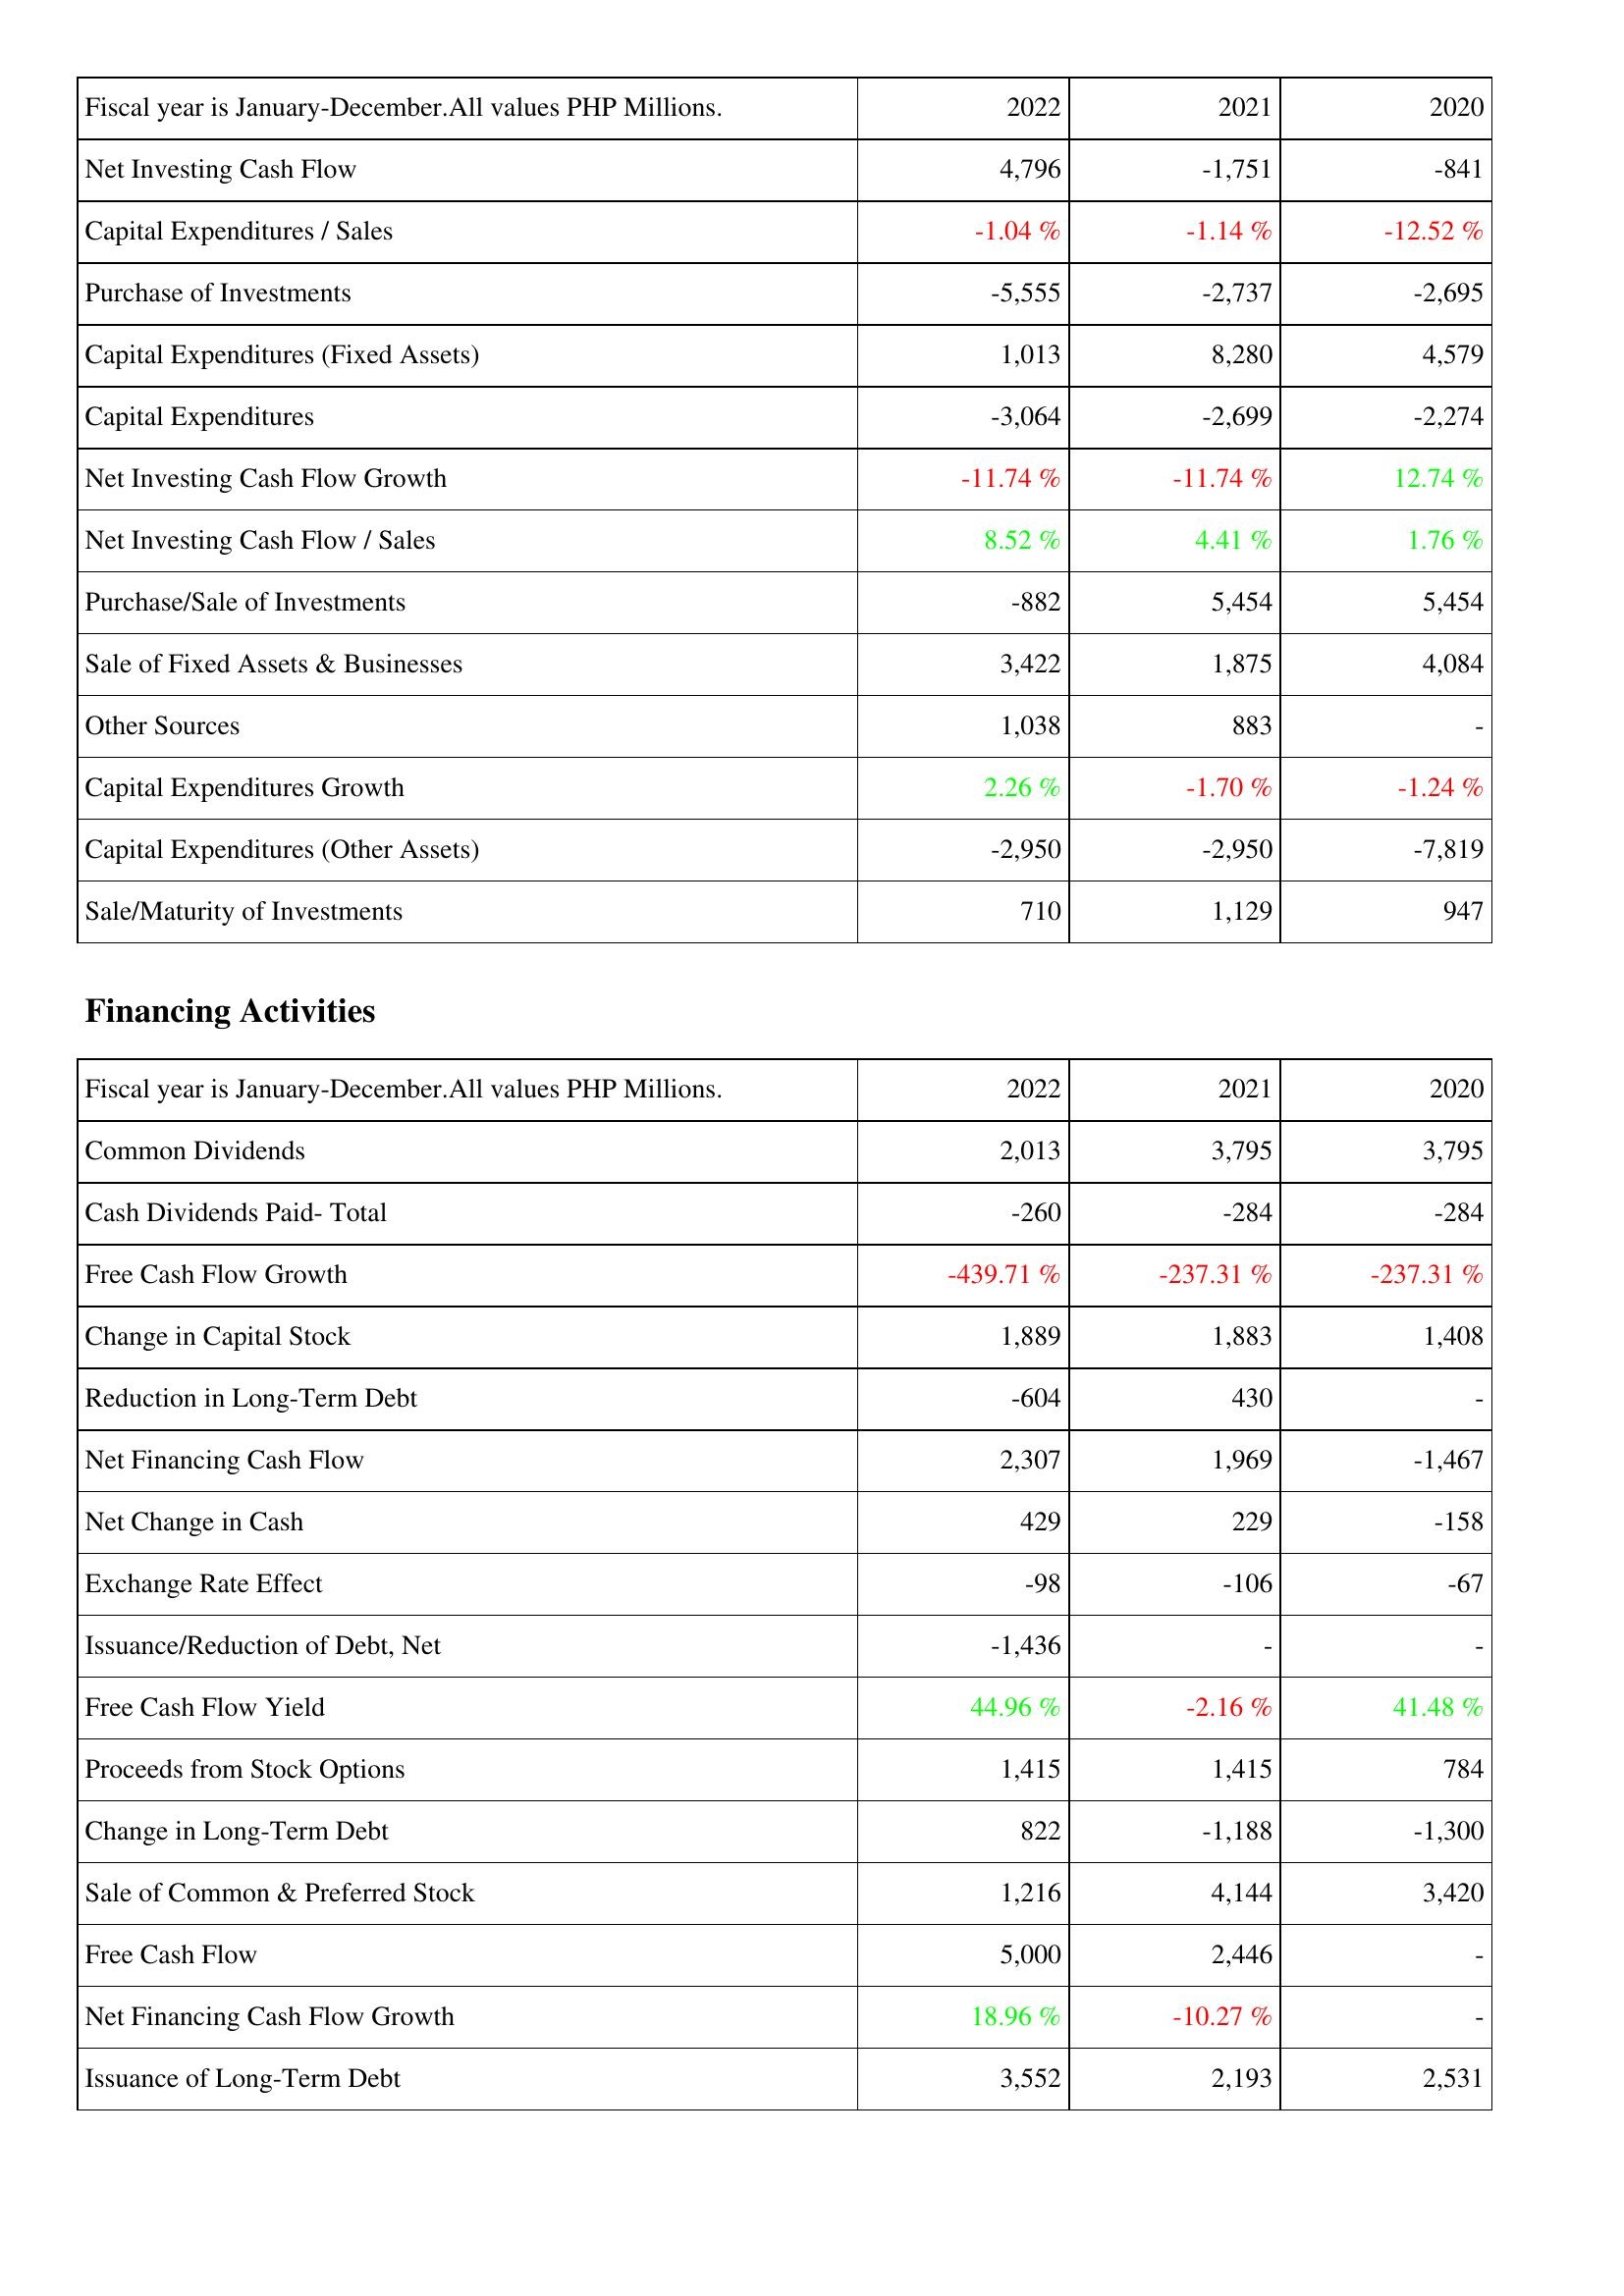
2022: Investing Activities: Net Investing Cash Flow: 4,796
Capital Expenditures / Sales: -1.04 %
Purchase of Investments: -5,555
Capital Expenditures (Fixed Assets): 1,013
Capital Expenditures: -3,064
Net Investing Cash Flow Growth: -11.74 %
Net Investing Cash Flow / Sales: 8.52 %
Purchase/Sale of Investments: -882
Sale of Fixed Assets & Businesses: 3,422
Other Sources: 1,038
Capital Expenditures Growth: 2.26 %
Capital Expenditures (Other Assets): -2,950
Sale/Maturity of Investments: 710
Financing Activities: Common Dividends: 2,013
Cash Dividends Paid- Total: -260
Free Cash Flow Growth: -439.71 %
Change in Capital Stock: 1,889
Reduction in Long-Term Debt: -604
Net Financing Cash Flow: 2,307
Net Change in Cash: 429
Exchange Rate Effect: -98
Issuance/Reduction of Debt, Net: -1,436
Free Cash Flow Yield: 44.96 %
Proceeds from Stock Options: 1,415
Change in Long-Term Debt: 822
Sale of Common & Preferred Stock: 1,216
Free Cash Flow: 5,000
Net Financing Cash Flow Growth: 18.96 %
Issuance of Long-Term Debt: 3,552
2021: Investing Activities: Net Investing Cash Flow: -1,751
Capital Expenditures / Sales: -1.14 %
Purchase of Investments: -2,737
Capital Expenditures (Fixed Assets): 8,280
Capital Expenditures: -2,699
Net Investing Cash Flow Growth: -11.74 %
Net Investing Cash Flow / Sales: 4.41 %
Purchase/Sale of Investments: 5,454
Sale of Fixed Assets & Businesses: 1,875
Other Sources: 883
Capital Expenditures Growth: -1.70 %
Capital Expenditures (Other Assets): -2,950
Sale/Maturity of Investments: 1,129
Financing Activities: Common Dividends: 3,795
Cash Dividends Paid- Total: -284
Free Cash Flow Growth: -237.31 %
Change in Capital Stock: 1,883
Reduction in Long-Term Debt: 430
Net Financing Cash Flow: 1,969
Net Change in Cash: 229
Exchange Rate Effect: -106
Issuance/Reduction of Debt, Net: -
Free Cash Flow Yield: -2.16 %
Proceeds from Stock Options: 1,415
Change in Long-Term Debt: -1,188
Sale of Common & Preferred Stock: 4,144
Free Cash Flow: 2,446
Net Financing Cash Flow Growth: -10.27 %
Issuance of Long-Term Debt: 2,193
2020: Investing Activities: Net Investing Cash Flow: -841
Capital Expenditures / Sales: -12.52 %
Purchase of Investments: -2,695
Capital Expenditures (Fixed Assets): 4,579
Capital Expenditures: -2,274
Net Investing Cash Flow Growth: 12.74 %
Net Investing Cash Flow / Sales: 1.76 %
Purchase/Sale of Investments: 5,454
Sale of Fixed Assets & Businesses: 4,084
Other Sources: -
Capital Expenditures Growth: -1.24 %
Capital Expenditures (Other Assets): -7,819
Sale/Maturity of Investments: 947
Financing Activities: Common Dividends: 3,795
Cash Dividends Paid- Total: -284
Free Cash Flow Growth: -237.31 %
Change in Capital Stock: 1,408
Reduction in Long-Term Debt: -
Net Financing Cash Flow: -1,467
Net Change in Cash: -158
Exchange Rate Effect: -67
Issuance/Reduction of Debt, Net: -
Free Cash Flow Yield: 41.48 %
Proceeds from Stock Options: 784
Change in Long-Term Debt: -1,300
Sale of Common & Preferred Stock: 3,420
Free Cash Flow: -
Net Financing Cash Flow Growth: -
Issuance of Long-Term Debt: 2,531